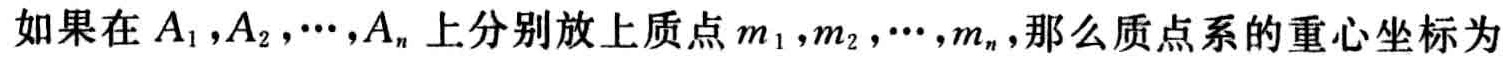
如果在 \(A_{1},A_{2},\cdots,A_{n}\) 上分别放上质点 \(m_{1},m_{2},\cdots,m_{n}\),那么质点系的重心坐标为